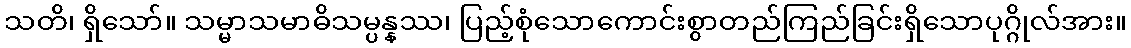
သတိ၊ ရှိသော်။ သမ္မာသမာဓိသမ္ပန္နဿ၊ ပြည့်စုံသောကောင်းစွာတည်ကြည်ခြင်းရှိသောပုဂ္ဂိုလ်အား။